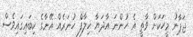
ޖަޕާނު މީހަކަށް ވާތީ އެ ހުންނަ އާދަޔާ ޚިލާފް ހުނަރެއް އޭނާގެ ކިބައިގައިވެސް